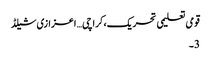
قومی تعلیمی تحریک،کراچی… اعزازی شیلڈ
3۔